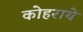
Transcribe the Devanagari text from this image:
कोहराये